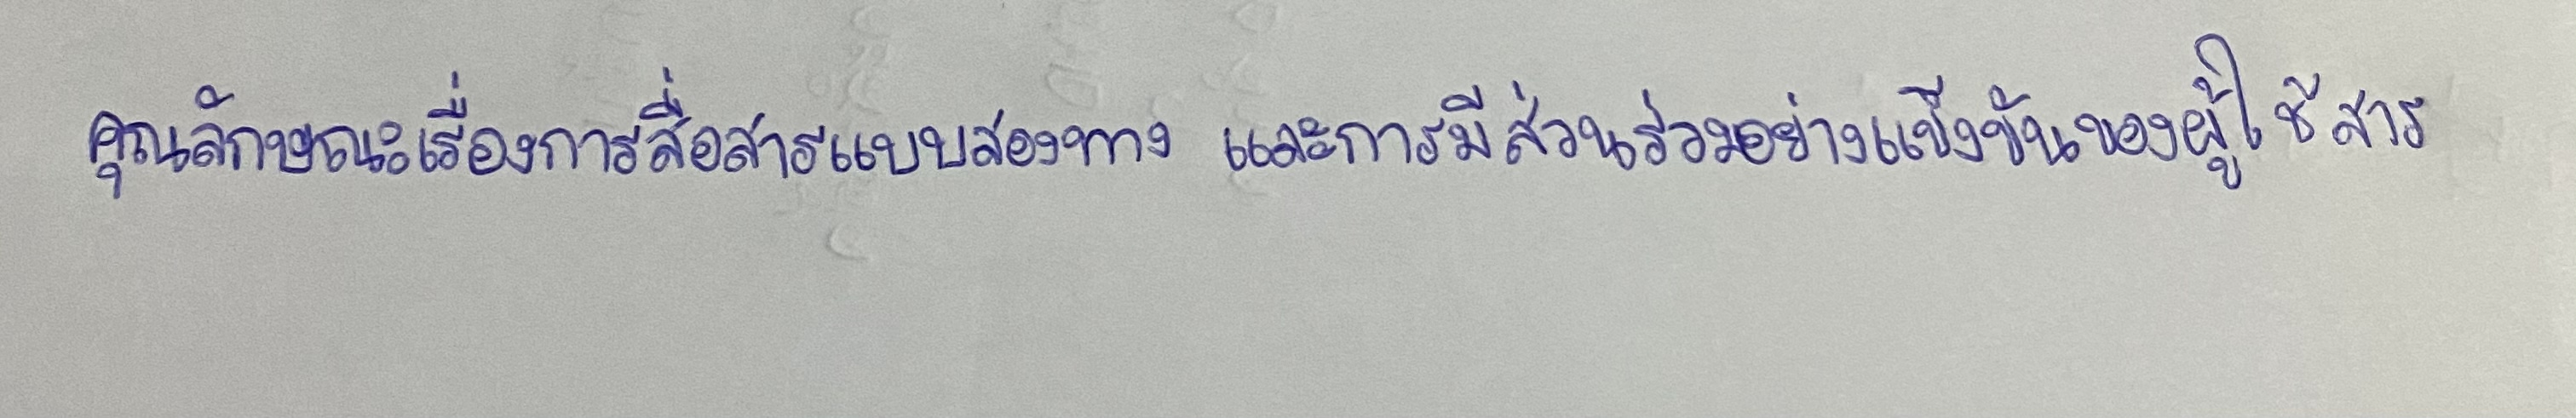
คุณลักษณะเรื่องการสื่อสารแบบสองทางและการมีส่วนร่วมอย่างแข็งขันของผู้ใช้สาร